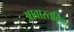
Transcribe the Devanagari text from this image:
आवास्तविक